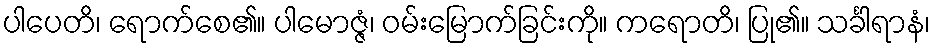
ပါပေတိ၊ ရောက်စေ၏။ ပါမောဇ္ဇံ၊ ဝမ်းမြောက်ခြင်းကို။ ကရောတိ၊ ပြု၏။ သင်္ခါရာနံ၊